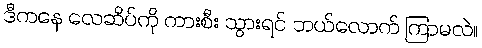
ဒီကနေ လေဆိပ်ကို ကားစီး သွားရင် ဘယ်လောက် ကြာမလဲ။